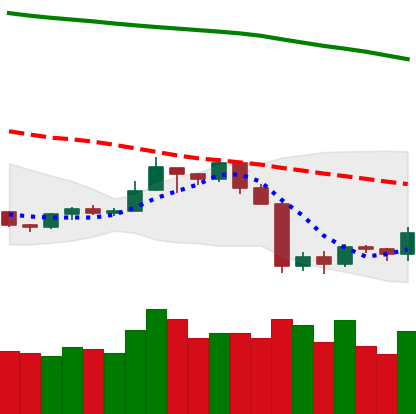
Ticker: TRX-USD
Chart end date: 2019-09-30
Forward return: 4.055%
Label: up_3_5